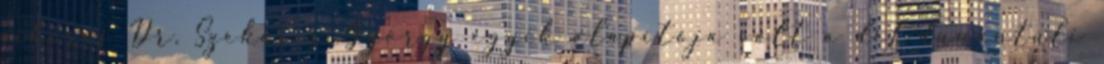
sikeres Dr. Szekeres György egyik alapítója volt a dél-dunántúli